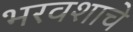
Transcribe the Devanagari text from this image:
भरवशाचे